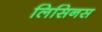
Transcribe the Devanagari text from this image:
लिसिनस